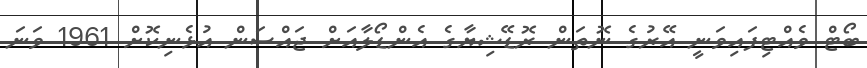
ބޯޓް ވެއްޓިފައިވަނީ އޭރުގެ ނޮތަން ރޮޑޭޝިޔާގެ އެންޑޯލާއަށް ޖައްސަން އުޅެނިކޮށް 1961 ވަނަ